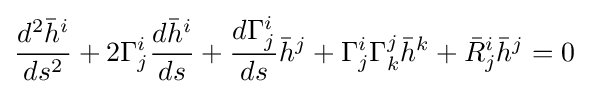
{d^{2}{\bar {h}}^{i} \over ds^{2}}+2\Gamma _{j}^{i}{d{\bar {h}}^{i} \over ds}+{d\Gamma _{j}^{i} \over ds}{\bar {h}}^{j}+\Gamma _{j}^{i}\Gamma _{k}^{j}{\bar {h}}^{k}+{\bar {R}}_{j}^{i}{\bar {h}}^{j}=0